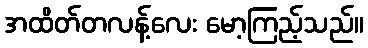
အထိတ်တလန့်လေး မော့ကြည့်သည်။